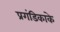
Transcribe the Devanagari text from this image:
प्रगंडिकाके